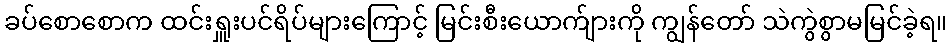
ခပ်စောစောက ထင်းရှူးပင်ရိပ်များကြောင့် မြင်းစီးယောက်ျားကို ကျွန်တော် သဲကွဲစွာမမြင်ခဲ့ရ။